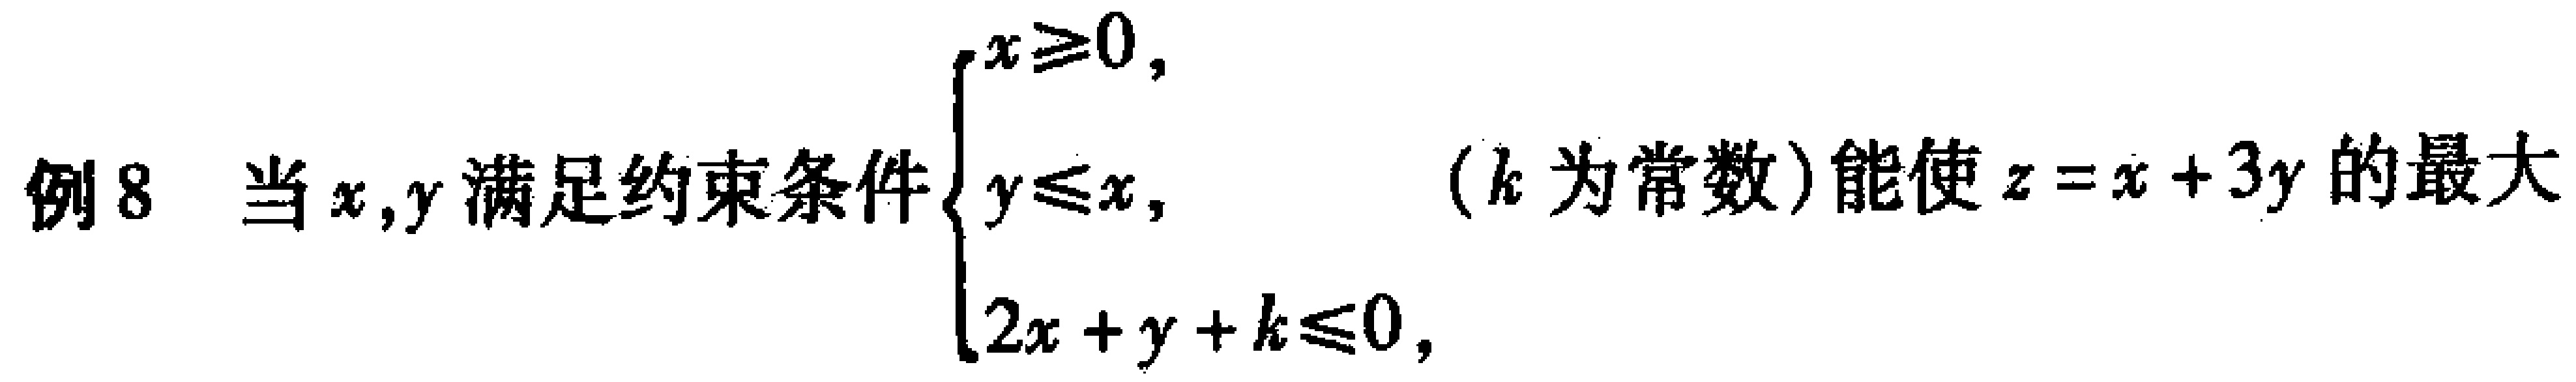
例8 当$x,y$满足约束条件$\begin{cases}x\geqslant0,\\y\leqslant x,\\2x + y + k\leqslant0,\end{cases}$（$k$为常数）能使$z = x + 3y$的最大